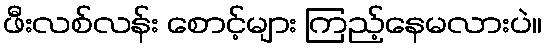
ဖီးလစ်လန်း စောင့်များ ကြည့်နေမလားပဲ။